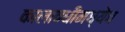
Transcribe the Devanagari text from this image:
कालावधीमध्येच